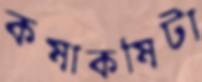
কষাকষিটা